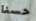
حسنا